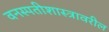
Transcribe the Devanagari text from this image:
वनस्पतीशास्त्रावरील